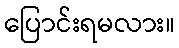
ပြောင်းရမလား။